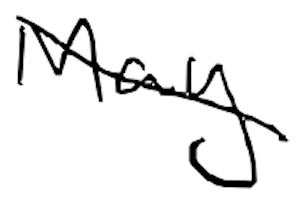
Text: May
Cross-out: diagonal
Writing tool: digital_black